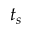
t _ { s }